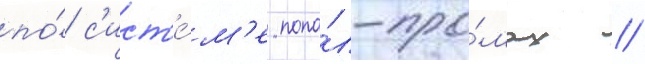
по́ с'ист'е́м'е попа́л-про́мах //